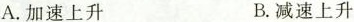
A.加速上升 B.减速上升